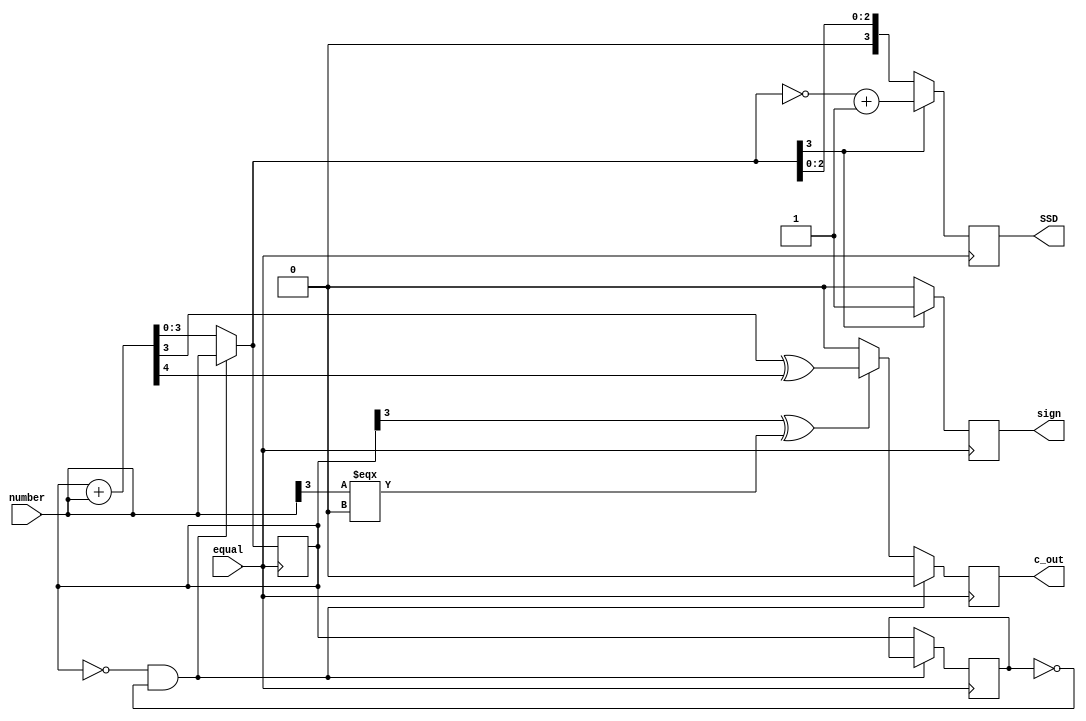
module Adder(equal, number, c_out, SSD, sign);
parameter N = 4;
input [N-1:0] number;
input equal;
output c_out;
output sign;
output [N-1:0] SSD;
reg c_out;
reg sign;
reg [N-1:0] sum;
reg [N-1:0] SSD;
reg [N-1:0] temp;
reg [N-1:0] b;
always @(number)begin
b = number;
end
always @(posedge equal)begin
if (sum == 0 && temp == 0)
{c_out,sum} = b;
else begin
temp = sum;
{c_out,sum} = sum + b;
if (temp[3]^b[3] === 0)
c_out = sum[3]^c_out;
else
c_out = 0;
end
if (sum[3] == 1)begin
SSD = ~sum + 1; sign = 1;
end
else begin
SSD = sum; sign = 0;
end
end 
endmodule